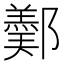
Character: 𨞿